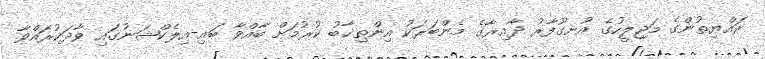
ރައްޔިތުންގެ މަޖިލީހުގެ އުނގޫފާރު ދާއިރާގެ މެންބަރަކު އިންތިޚާބު ކުރުމަށް ބާއްވާ ބައި-އިލެކްޝަނުގައި ވާދަކުރައްވާ